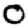
Digit: 0